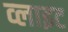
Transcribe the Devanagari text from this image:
व्‍लाइट